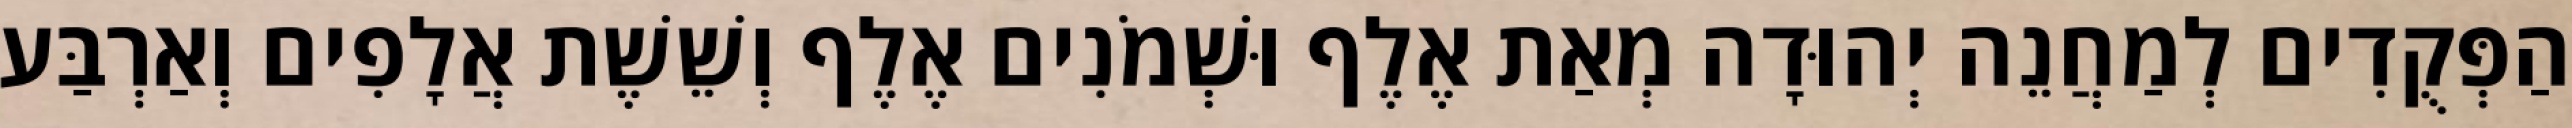
הַפְּקֻדִים לְמַחֲנֵה יְהוּדָה מְאַת אֶלֶף וּשְׁמֹנִים אֶלֶף וְשֵׁשֶׁת אֲלָפִים וְאַרְבַּע